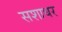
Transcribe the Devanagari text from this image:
सशाधर